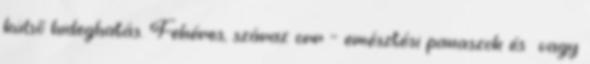
külső hideghatás. Fehéres, száraz orr – emésztési panaszok és vagy